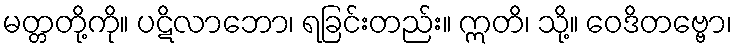
မတ္တတို့ကို။ ပဋိလာဘော၊ ရခြင်းတည်း။ ဣတိ၊ သို့။ ဝေဒိတဗ္ဗော၊